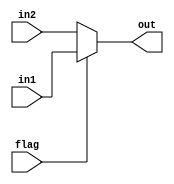
module mux #(parameter WIDTH = 32)(in1, in2, flag, out);

    input[WIDTH - 1:0] in1, in2;
    input flag;
    
    output[WIDTH - 1:0] out;

    assign out = flag ? in1 : in2;

endmodule